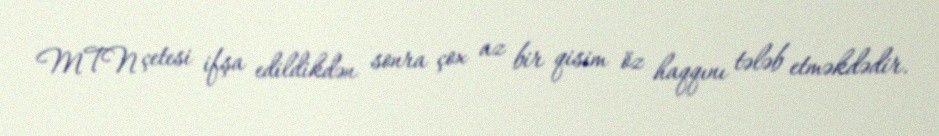
MTN çetesi ifşa edildikdən sonra çox az bir qisim öz haqqını tələb etməkdədir.